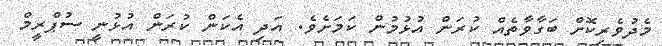
މެދުވެރިކޮށް ބަގާވާތެއް ކުރަން އުޅުމުން ކަމަށެވެ. އަދި އެކަން ކުރަން އުޅުނީ ސުޕްރީމް